Annual report of the Prince of Wales Medical College, Patna
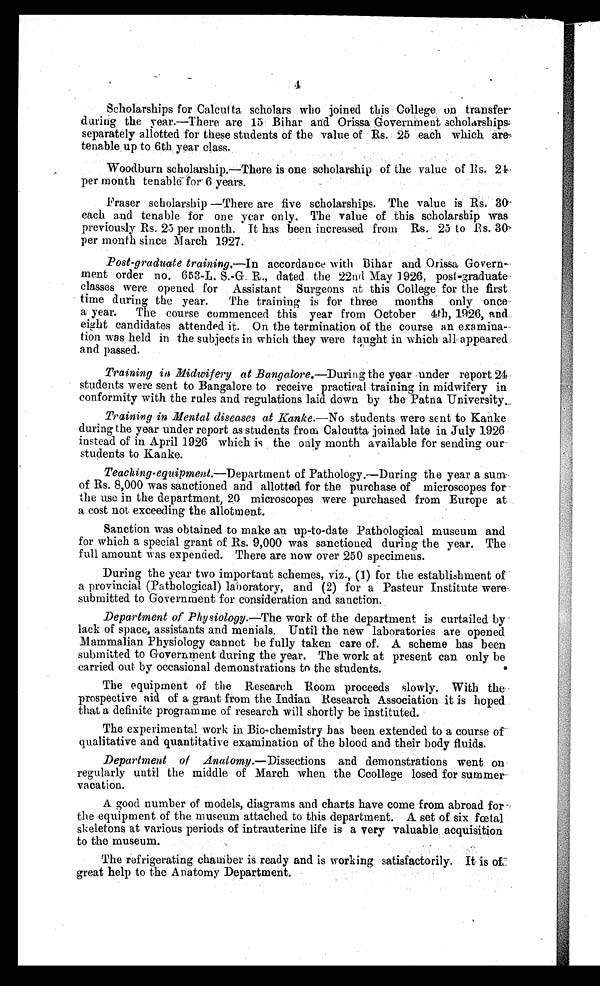
4
Scholarships for Calcutta scholars who joined this College on transfer
during the year.—There are 15 Bihar and Orissa Government scholarships
separately allotted for these students of the value of Rs. 25 each which are
tenable up to 6th year class.
Woodburn scholarship.—There is one scholarship of the value of Rs. 24
per month tenable 6 years.
Fraser scholarship —There are five scholarships. The value is Rs. 30
each and tenable for one year only. The value of this scholarship was
previously Rs. 25 per month. It has been increased from Rs. 25 to Rs. 30
per month since March 1927.
Post-graduate training .—In accordance with Bihar and Orissa Govern-
ment order no. 653-L. S.-G. R., dated the 22nd May 1926, post-graduate
classes were opened for Assistant Surgeons at this College for the first
time during the year. The training is for three months only once
a year. The course commenced this year from October 4th, 1926, and
eight candidates attended it. On the termination of the course an examina-
tion was held in the subjects in which they were taught in which all appeared
and passed.
Training in Midwifery at Bangalore .—During the year under report 24
students were sent to Bangalore to receive practical training in midwifery in
conformity with the rules and regulations laid down by the Patna University.
Training in Mental diseases at Kanke .—No students were sent to Kanke
during the year under report as students from Calcutta joined late in July 1926
instead of in April 1926 which is the only month available for sending our
students to Kanke.
Teaching-equipment.—D e p a r t m e n t
o f P a t h o l o g y . — D u r i n g t h e y e a r a s u m
of Rs. 8,000 was sanctioned and allotted for the purchase of microscopes for
the use in the department, 20 microscopes were purchased from Europe at
a cost not exceeding the allotment.
Sanction was obtained to make an up-to-date Pathological museum and
for which a special grant of Rs. 9,000 was sanctioned during the year. The
full amount was expended. There are now over 250 specimens.
During the year two important schemes, viz., (1) for the establishment of
a provincial (Pathological) laboratory, and (2) for a Pasteur Institute were
submitted to Government for consideration and sanction.
Department of Physiology .—The work of the department is curtailed by
lack of space, assistants and menials. Until the new laboratories are opened
Mammalian Physiology cannot be fully taken care of. A scheme has been
submitted to Government during the year. The work at present can only be
carried out by occasional demonstrations to the students.
The equipment of the Research Room proceeds slowly With the
prospective aid of a grant from the Indian Research Association it is hoped
that a definite programme of research will shortly be instituted.
The experimental work in Bio-chemistry has been extended to a course of
qualitative and quantitative examination of the blood and their body fluids.
Department of Anatomy .—Dissections and demonstrations went on
regularly until the middle of March when the Ccollege losed for summer
vacation.
A good number of models, diagrams and charts have come from abroad for
the equipment of the museum attached to this department. A set of six fœtal
skeletons at various periods of intrauterine life is a very valuable acquisition
to the museum.
The refrigerating chamber is ready and is working satisfactorily. It is of
great help to the Anatomy Department.